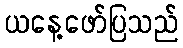
ယနေ့ဖော်ပြသည်